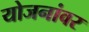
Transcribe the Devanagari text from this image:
योजनांवर